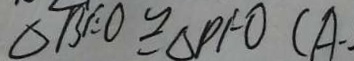
\Delta B C O \cong \Delta P F O ( A